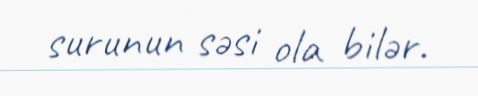
surunun səsi ola bilər.